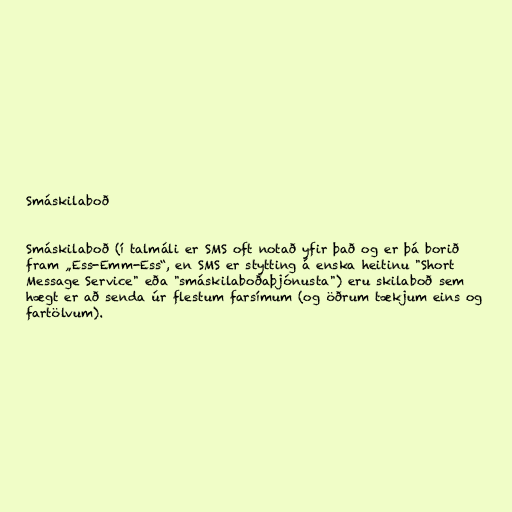
Smáskilaboð

Smáskilaboð (í talmáli er SMS oft notað yfir það og er þá borið
fram „Ess-Emm-Ess“, en SMS er stytting á enska heitinu "Short
Message Service" eða "smáskilaboðaþjónusta") eru skilaboð sem
hægt er að senda úr flestum farsímum (og öðrum tækjum eins og
fartölvum).